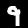
Label: 9